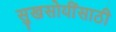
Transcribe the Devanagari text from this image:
सुखसोयींसाठी